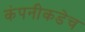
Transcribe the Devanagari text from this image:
कंपनीकडेच